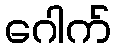
ဂေါက်